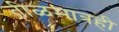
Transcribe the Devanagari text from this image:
तीळमात्रही